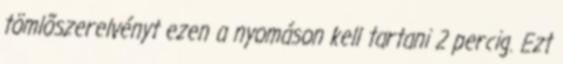
tömlõszerelvényt ezen a nyomáson kell tartani 2 percig. Ezt